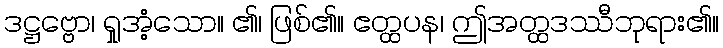
ဒဋ္ဌဗ္ဗော၊ ရှုအံ့သော။ ၏၊ ဖြစ်၏။ ဧတ္ထပန၊ ဤအတ္ထဒဿီဘုရား၏။